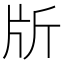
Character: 𣂔